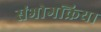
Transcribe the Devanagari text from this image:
संभोगक्रिया